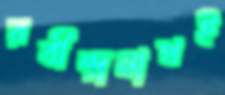
রবীন্দ্রনাথই